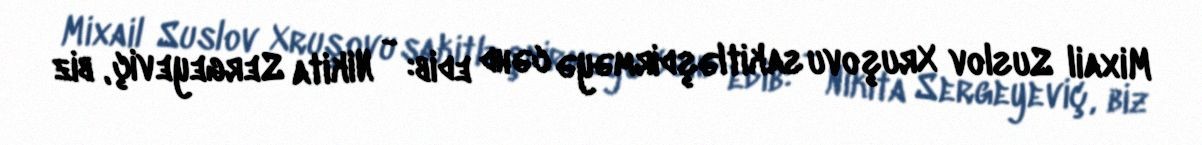
Mixail Suslov Xruşovu sakitləşdirməyə cəhd edib: - Nikita Sergeyeviç, biz